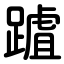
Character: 䠡